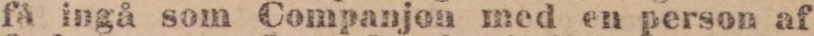
få ingå som Companjon med en person af